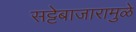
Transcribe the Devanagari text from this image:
सट्टेबाजारामुळे